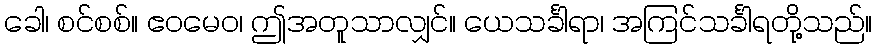
ခေါ၊ စင်စစ်။ ဧဝမေဝ၊ ဤအတူသာလျှင်။ ယေသင်္ခါရာ၊ အကြင်သင်္ခါရတို့သည်။